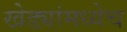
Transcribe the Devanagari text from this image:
खेड्यांमध्येच